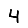
Digit: 4